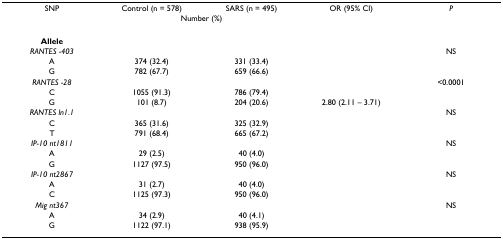
<table><thead><tr><td><b>SNP</b></td><td><b>Control (n = 578)</b></td><td><b>SARS (n = 495)</b></td><td><b>OR (95% CI)</b></td><td><b><i>P</i></b></td></tr><tr><td></td><td colspan="2"><b>Number (%)</b></td><td></td><td></td></tr></thead><tbody><tr><td><b>Allele</b></td><td></td><td></td><td></td><td></td></tr><tr><td><i>RANTES -403</i></td><td></td><td></td><td></td><td>NS</td></tr><tr><td>A</td><td>374 (32.4)</td><td>331 (33.4)</td><td></td><td></td></tr><tr><td>G</td><td>782 (67.7)</td><td>659 (66.6)</td><td></td><td></td></tr><tr><td><i>RANTES -28</i></td><td></td><td></td><td></td><td>&lt;0.0001</td></tr><tr><td>C</td><td>1055 (91.3)</td><td>786 (79.4)</td><td></td><td></td></tr><tr><td>G</td><td>101 (8.7)</td><td>204 (20.6)</td><td>2.80 (2.11 – 3.71)</td><td></td></tr><tr><td><i>RANTES ln1.1</i></td><td></td><td></td><td></td><td>NS</td></tr><tr><td>C</td><td>365 (31.6)</td><td>325 (32.9)</td><td></td><td></td></tr><tr><td>T</td><td>791 (68.4)</td><td>665 (67.2)</td><td></td><td></td></tr><tr><td><i>IP-10 nt1811</i></td><td></td><td></td><td></td><td>NS</td></tr><tr><td>A</td><td>29 (2.5)</td><td>40 (4.0)</td><td></td><td></td></tr><tr><td>G</td><td>1127 (97.5)</td><td>950 (96.0)</td><td></td><td></td></tr><tr><td><i>IP-10 nt2867</i></td><td></td><td></td><td></td><td>NS</td></tr><tr><td>A</td><td>31 (2.7)</td><td>40 (4.0)</td><td></td><td></td></tr><tr><td>C</td><td>1125 (97.3)</td><td>950 (96.0)</td><td></td><td></td></tr><tr><td><i>Mig nt367</i></td><td></td><td></td><td></td><td>NS</td></tr><tr><td>A</td><td>34 (2.9)</td><td>40 (4.1)</td><td></td><td></td></tr><tr><td>G</td><td>1122 (97.1)</td><td>938 (95.9)</td><td></td><td></td></tr></tbody></table>